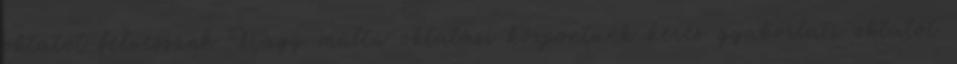
oktatót felveszünk Nagy múltú oktatási központunk keres gyakorlati oktatót